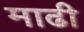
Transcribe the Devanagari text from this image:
माढी